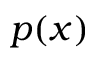
p ( x )